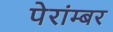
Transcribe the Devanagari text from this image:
पेरांम्बर